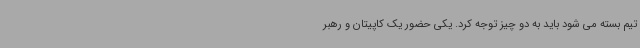
تیم بسته می شود باید به دو چیز توجه کرد. یکی حضور یک کاپیتان و رهبر